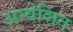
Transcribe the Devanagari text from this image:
अन्वेशित